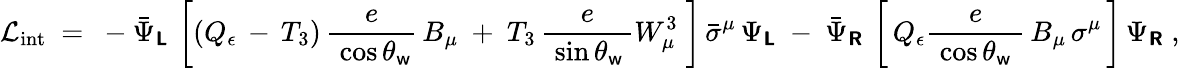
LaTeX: {\mathcal{L}}_{\mathrm{int}}~=~-{\bar{\Psi}}_{\boldsymbol{\mathsf{L}}}\, \left[\left(Q_{\epsilon}\, -\, T_{3}\right)\, {\frac{e}{\; \cos\theta_{\mathsf{w}}}}\, B_{\mu}~+~T_{3}\, {\frac{e}{\; \sin\theta_{\mathsf{w}}\, }}W_{\mu}^{3}\; \right]\, {\bar{\sigma}}^{\mu}\, \Psi_{\boldsymbol{\mathsf{L}}}~-~{\bar{\Psi}}_{\boldsymbol{\mathsf{R}}}\, \left[\, Q_{\epsilon}{\frac{e}{\; \cos\theta_{\mathsf{w}}\; }}\, B_{\mu}\, \sigma^{\mu}\, \right]\, \Psi_{\boldsymbol{\mathsf{R}}}~,